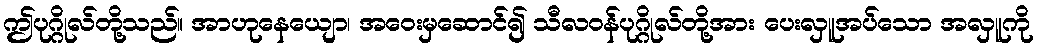
ဤပုဂ္ဂိုလ်တို့သည်။ အာဟုနေယျော၊ အဝေးမှဆောင်၍ သီလဝန်ပုဂ္ဂိုလ်တို့အား ပေးလှူအပ်သော အလှူကို